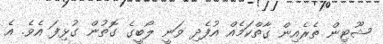
ޝޫޓިން ތެރެއިން ގާތްކަމެއް އުފެދި ވަނީ ލޯބީގެ ގޮތުން ގުޅިފަ އެވެ. އެ